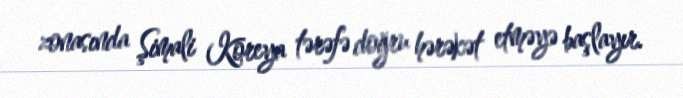
zonasında Şimali Koreya tərəfə doğru hərəkət etməyə başlayır.